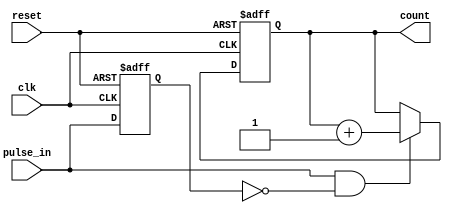
module pulse_counter (
    input wire clk,            // Clock input
    input wire reset,          // Asynchronous reset input
    input wire pulse_in,       // Pulse input signal
    output reg [3:0] count     // 4-bit count output
);

    // State to hold the previous pulse state for edge detection
    reg pulse_prev;

    always @(posedge clk or posedge reset) begin
        if (reset) begin
            // Reset the counter to zero
            count <= 4'b0000;
            pulse_prev <= 1'b0; // Initialize previous pulse state
        end else begin
            // Edge detection for pulse input
            if (pulse_in && !pulse_prev) begin
                // Increment count on rising edge of pulse_in
                count <= count + 1;
            end
            // Update previous pulse state
            pulse_prev <= pulse_in;
        end
    end

endmodule